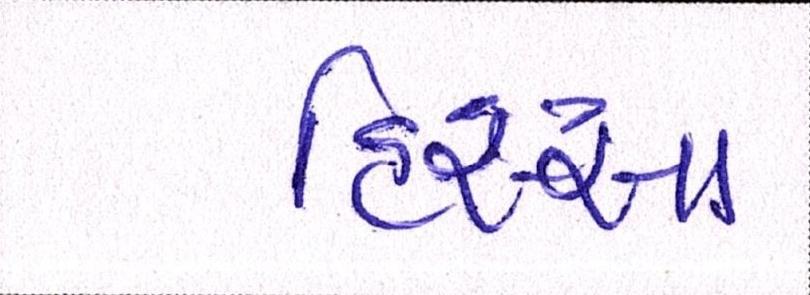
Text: હિસ્સા